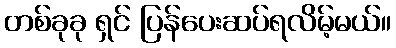
တစ်ခုခု ရှင် ပြန်ပေးဆပ်ရလိမ့်မယ်။